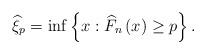
LaTeX: \begin{align*}\widehat{\xi }_{p}=\inf \left\{ x:\widehat{F}_{n}\left( x\right) \geq p\right\}.\end{align*}